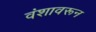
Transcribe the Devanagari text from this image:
वंशावरून